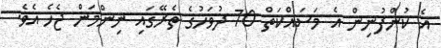
އެ ކުންފުނިން އެ މަސައްކަތް 70 ދުވަހުގެ ތެރޭގައި ނިންމަން ޖެހެ އެވެ.